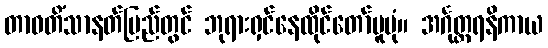
တာဝတိံသာနတ်ပြည်တွင် ဘုရားရှင်နေထိုင်တော်မူပုံ။ အင်္ဂုတ္တရနိကာယ